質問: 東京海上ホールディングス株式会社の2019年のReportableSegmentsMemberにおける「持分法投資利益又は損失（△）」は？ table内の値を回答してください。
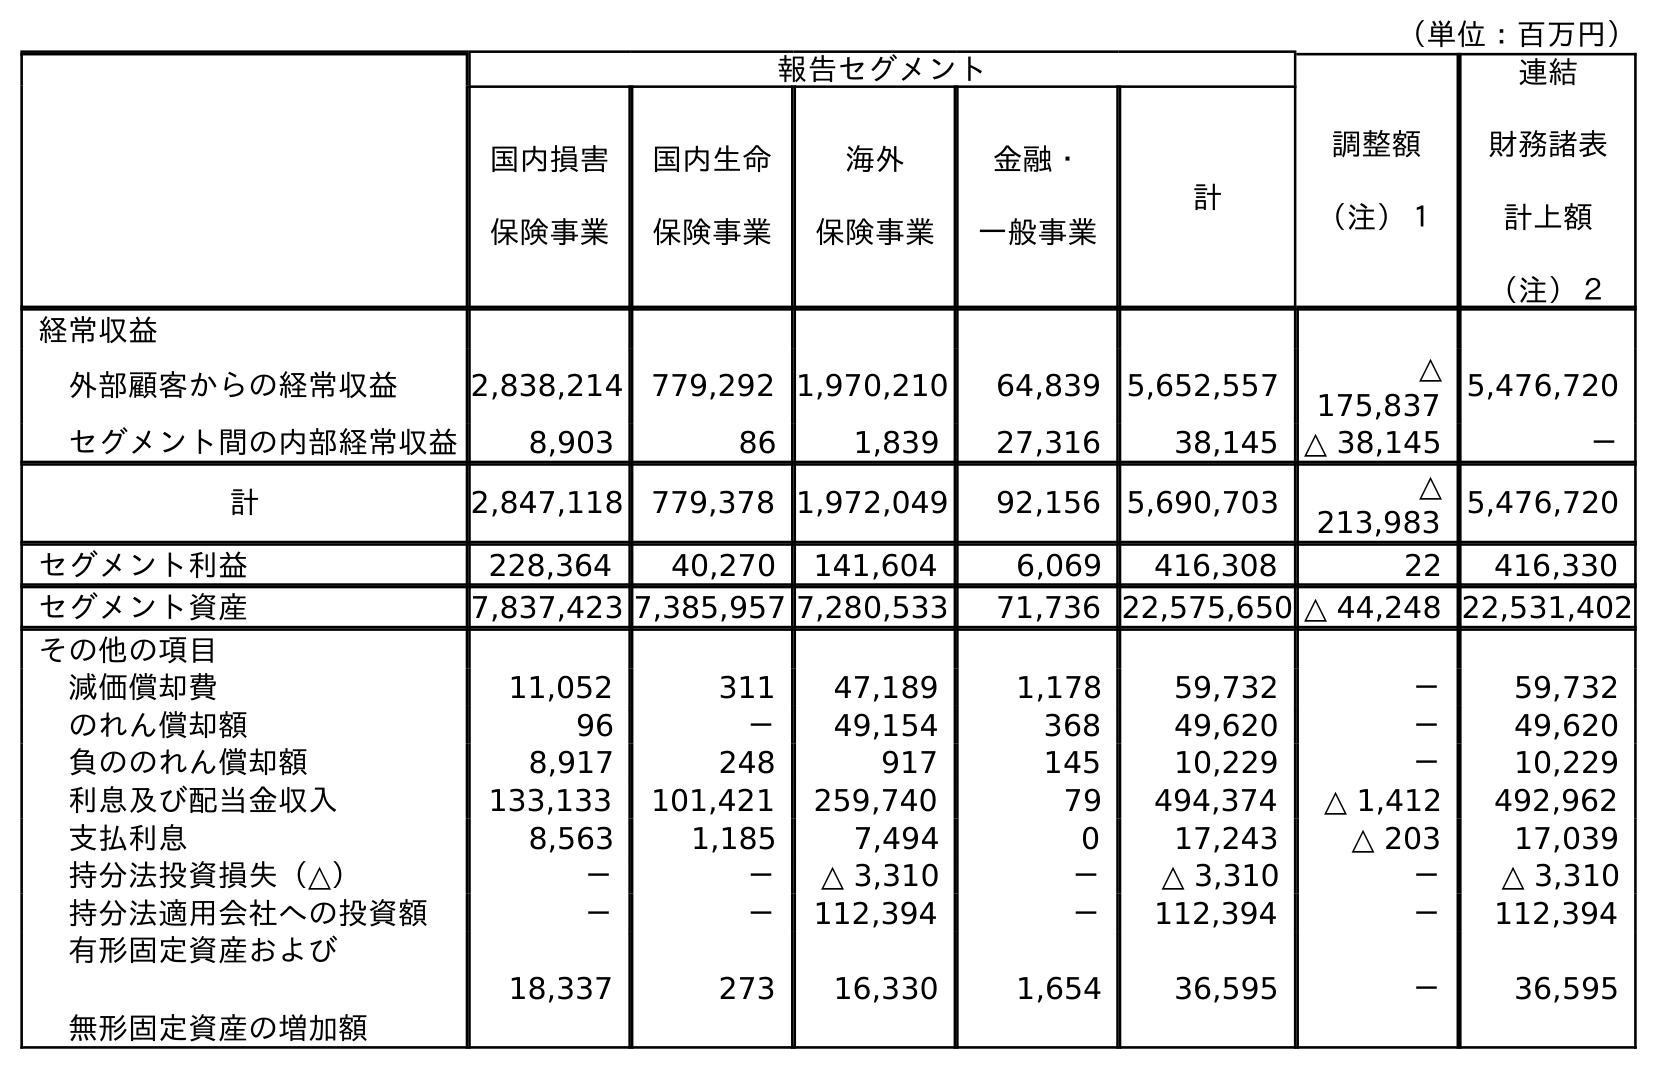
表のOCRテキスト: （単位：百万円） 報告セグメント 調整額 （注）１ 連結 財務諸表 計上額 （注）２ 国内損害 保険事業 国内生命 保険事業 海外 保険事業 金融・ 一般事業 計 経常収益 外部顧客からの経常収益 2,838,214 779,292 1,970,210 64,839 5,652,557 △ 175,837 5,476,720 セグメント間の内部経常収益 8,903 86 1,839 27,316 38,145 △ 38,145 － 計 2,847,118 779,378 1,972,049 92,156 5,690,703 △ 213,983 5,476,720 セグメント利益 228,364 40,270 141,604 6,069 416,308 22 416,330 セグメント資産 7,837,423 7,385,957 7,280,533 71,736 22,575,650 △ 44,248 22,531,402 その他の項目 減価償却費 11,052 311 47,189 1,178 59,732 － 59,732 のれん償却額 96 － 49,154 368 49,620 － 49,620 負ののれん償却額 8,917 248 917 145 10,229 － 10,229 利息及び配当金収入 133,133 101,421 259,740 79 494,374 △ 1,412 492,962 支払利息 8,563 1,185 7,494 0 17,243 △ 203 17,039 持分法投資損失（△） － － △ 3,310 － △ 3,310 － △ 3,310 持分法適用会社への投資額 － － 112,394 － 112,394 － 112,394 有形固定資産および 無形固定資産の増加額 18,337 273 16,330 1,654 36,595 － 36,595
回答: △3,310